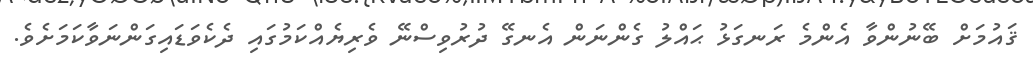
ޤައުމަށް ބޭނުންވާ އެންމެ ރަނގަޅު ޙައްލު ގެންނަން އެނގޭ ދުރުވިސްނޭ ވެރިޔެއްކަމުގައި ދެކެވަޑައިގަންނަވާކަމަށެވެ.